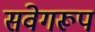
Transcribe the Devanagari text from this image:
संवेगरूप